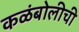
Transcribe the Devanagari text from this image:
कळंबोलीची